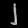
Digit: ၂